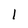
Character: 1